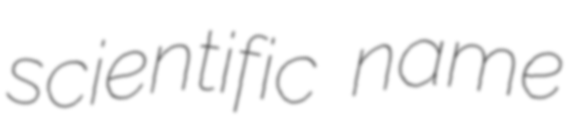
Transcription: scientific name